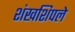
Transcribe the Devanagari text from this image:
शंखशिपले